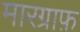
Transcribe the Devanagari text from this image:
मारग्राफ़